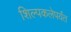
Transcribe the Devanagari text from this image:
शिल्पकलेपर्यंत